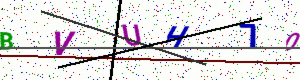
Text: BVUH70